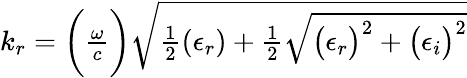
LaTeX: \begin{array}{r}{k_{r}=\bigg(\frac{\omega}{c}\bigg)\sqrt{\frac{1}{2}(\epsilon_{r})+\frac{1}{2}\sqrt{\big(\epsilon_{r}\big)^{2}+\big(\epsilon_{i}\big)^{2}}}}\end{array}